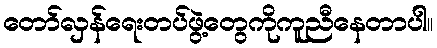
တော်လှန်ရေးတပ်ဖွဲ့တွေကိုကူညီနေတာပါ။